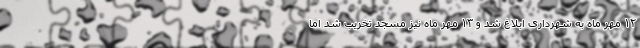
۱۲ مهر ماه به شهرداری ابلاغ شد و ۱۳ مهر ماه نیز مسجد تخریب شد اما